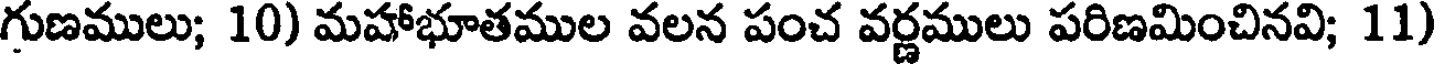
గుణములు; 10) మహాభూతముల వలన పంచ వర్ణములు పరిణమించినవి; 11)